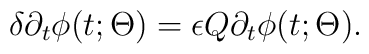
\delta \partial_{t}\phi (t;\Theta ) = \epsilon Q\partial_{t}\phi (t;\Theta ).